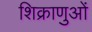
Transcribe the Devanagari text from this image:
शिक्राणुओं